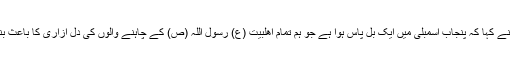
انہوں نے کہا کہ پنجاب اسمبلی میں ایک بل پاس ہوا ہے جو ہم تمام اھلبیت (ع) رسول اللہ (ص) کے چاہنے والوں کی دل آزاری کا باعث بنا ہے۔